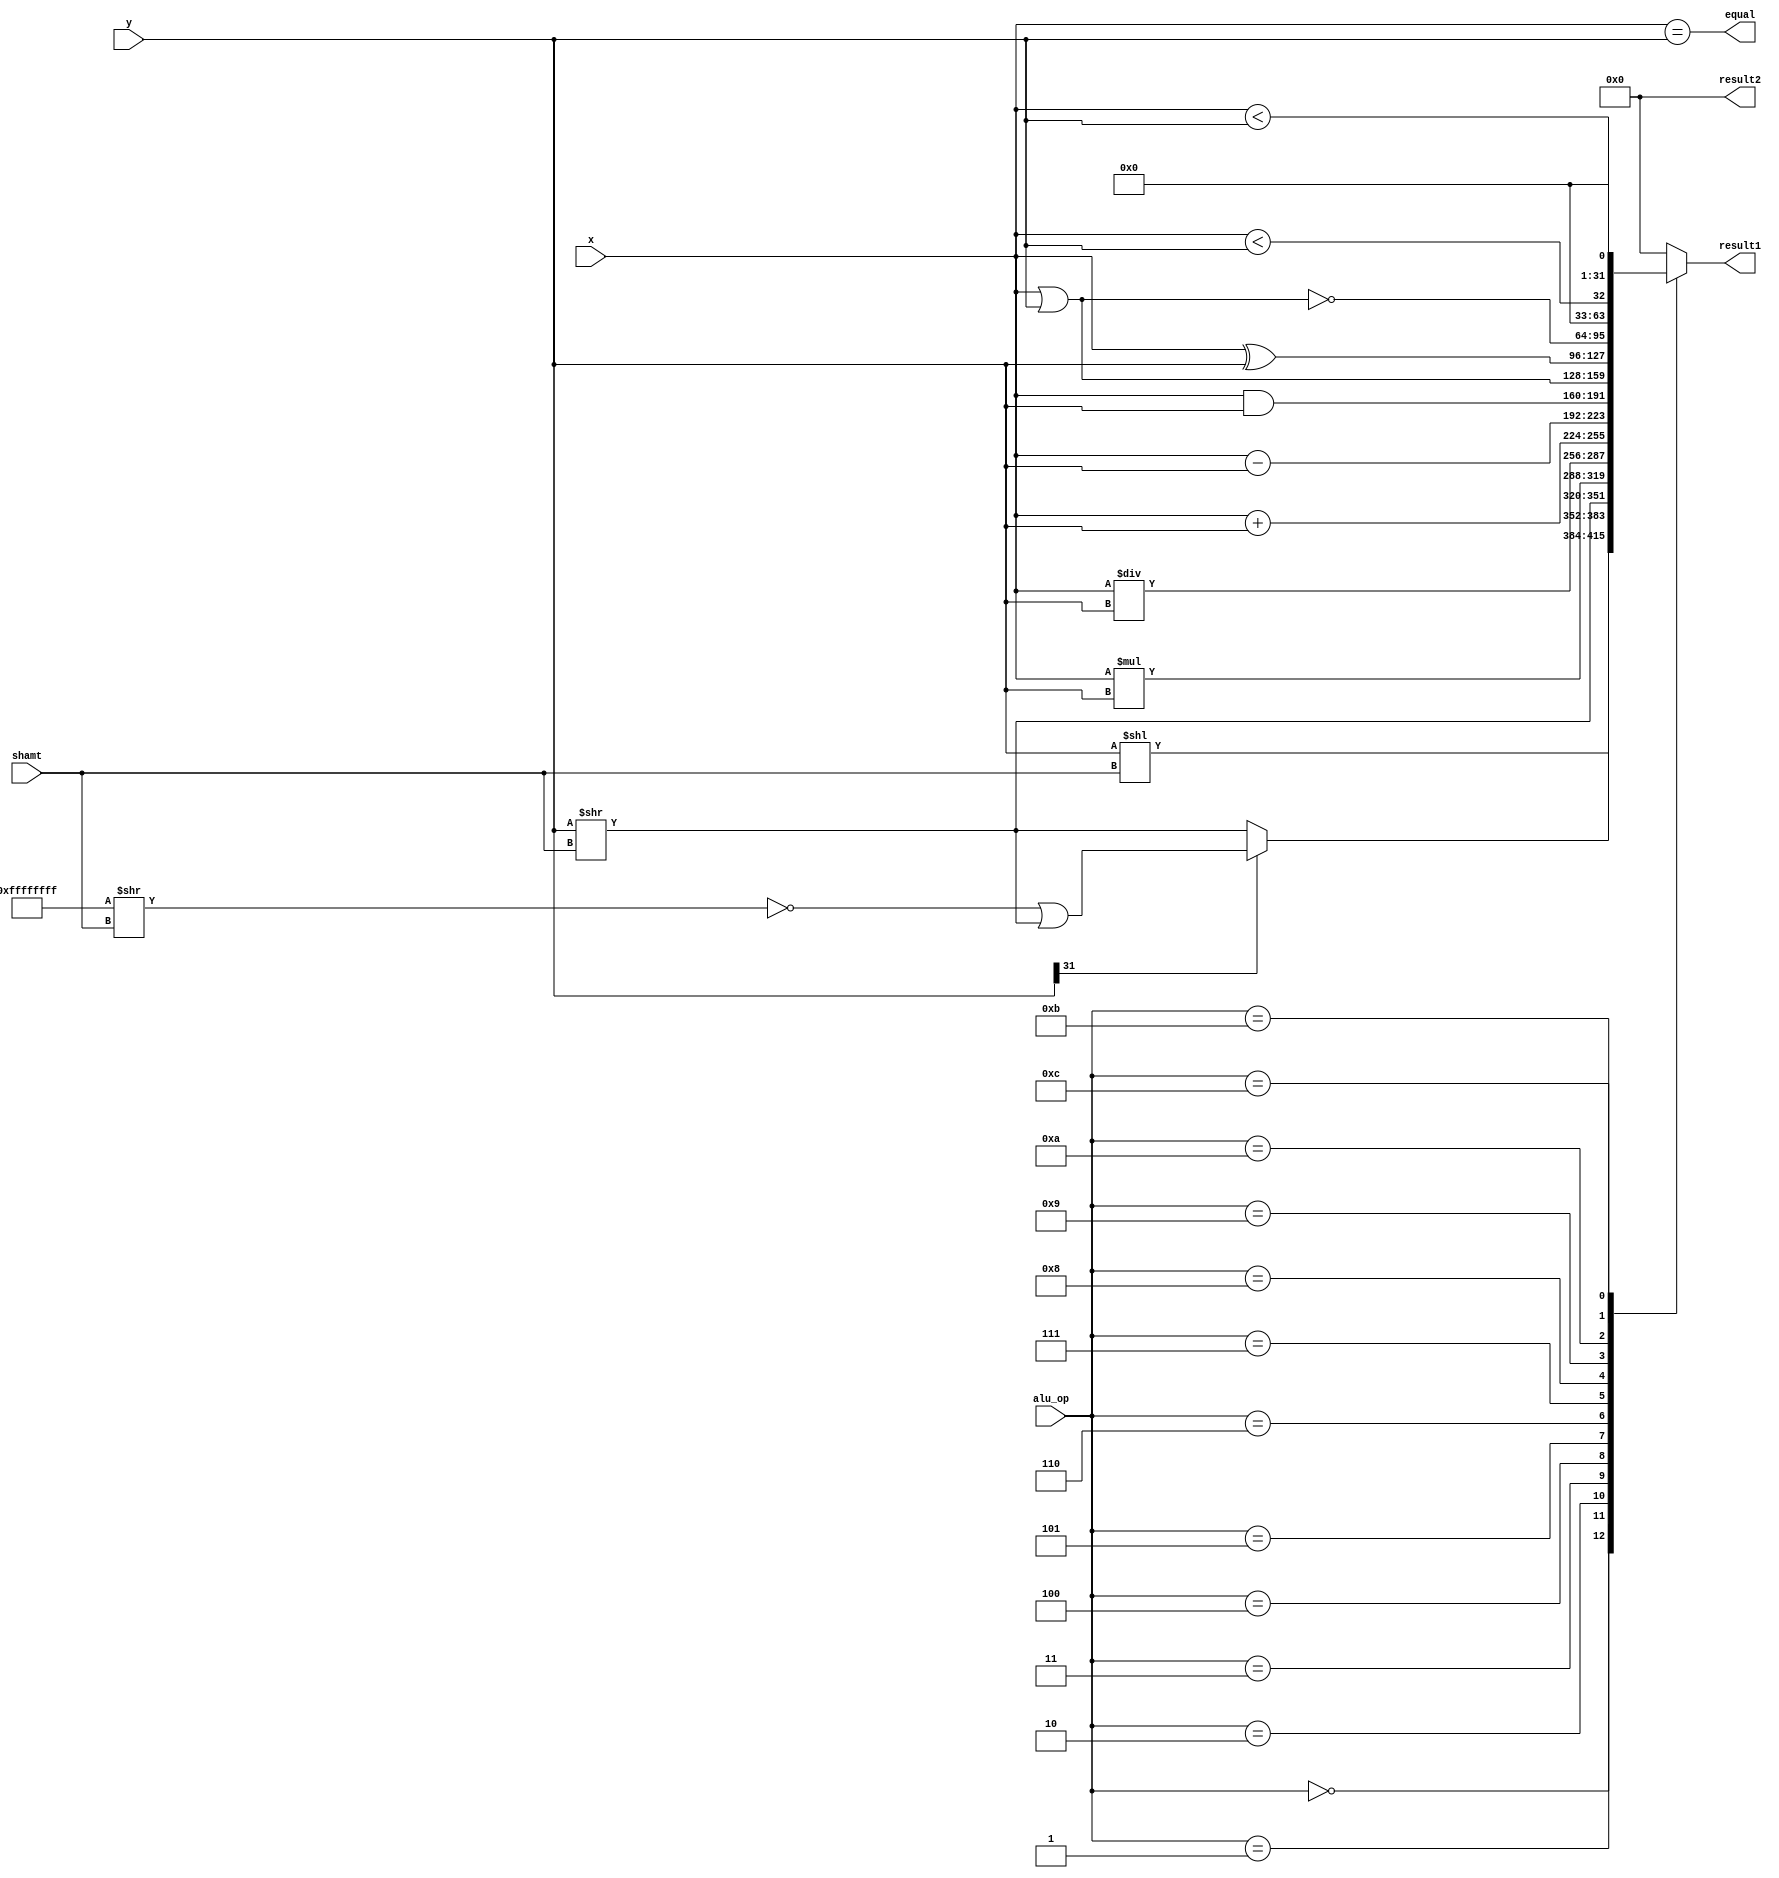
`timescale 1ns / 1ps
//////////////////////////////////////////////////////////////////////////////////
// Company: 
// Engineer: 
// 
// Design Name: 
// Module Name: ALU
// Project Name: 
// Target Devices: 
// Tool Versions: 
// Description: 
// 
// Dependencies: 
// 
// Revision:
// Revision 0.01 - File Created
// Additional Comments:
// 
//////////////////////////////////////////////////////////////////////////////////


module ALU(
    input wire[31:0] x,
    input wire[31:0] y,
    input wire[3:0] alu_op,
    input wire[4:0] shamt,
    output reg[31:0] result1 = 0,
    output reg[31:0] result2 = 0,
    output wire equal
    );
    
    assign equal = (x == y);
    
    always @(x, y, shamt, alu_op) begin
        case(alu_op)
            4'd0: begin
                result1 = y << shamt;
                end
            4'd1: begin
                result1 = y[31] ? ((~(32'hffff_ffff >> shamt)) | (y >> shamt)) : (y >> shamt);
                end
            4'd2: begin
                result1 = y >> shamt;
                end
            4'd3: begin
                result1 = x * y;
                end
            4'd4: begin
                result1 = x / y;
                end
            4'd5: begin
                result1 = x + y;
                end
            4'd6: begin
                result1 = x - y;
                end
            4'd7: begin
                result1 = x & y;
                end
            4'd8: begin
                result1 = x | y;
                end
            4'd9: begin
                result1 = x ^ y;
                end
            4'd10: begin
                result1 = ~(x | y);
                end
            4'd11: begin
                result1 = {31'd0, ($signed(x) < $signed(y))};
                end
            4'd12: begin
                result1 = {31'd0, (x < y)};
                end
            default: begin
                result1 = 0;
                end
        endcase
    end
    
endmodule